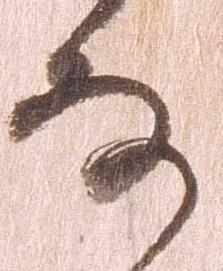
な